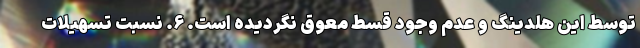
توسط این هلدینگ و عدم وجود قسط معوق نگردیده است. ۶. نسبت تسهیلات